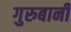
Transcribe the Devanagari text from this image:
गुरुबानी